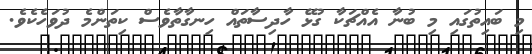
މި ބައިތުގައި މި ބުނާ އެއްޗަކާ ގުޅޭ ހާދިސާތައް ހިނގާތާވެސް ކިތަންމެ ދުވަހެކެވެ.